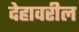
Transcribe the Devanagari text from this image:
देहावरील